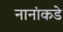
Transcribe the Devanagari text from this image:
नानांकडे